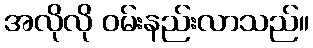
အလိုလို ဝမ်းနည်းလာသည်။